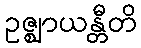
ဥဇ္ဈာယန္တီတိ